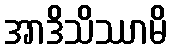
အာဒိသိဿာမိ